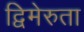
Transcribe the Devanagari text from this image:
द्विमेरुता